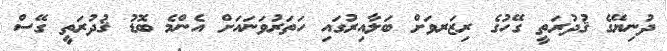
ދުނިޔޭގެ ޤުދުރަތީ ގޭހުގެ ރިޒަރވަށް ބަލާއިރުގައި ހަތަރުވަނައަށް އެންމެ ބޮޑު ޤުދުރަތީ ގޭސް